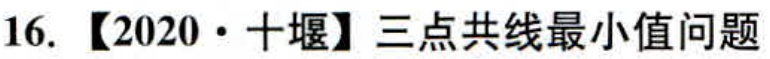
16. 【2020·十堰】三点共线最小值问题